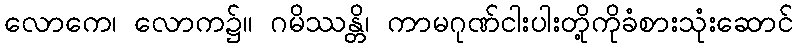
လောကေ၊ လောက၌။ ဂမိဿန္တိ၊ ကာမဂုဏ်ငါးပါးတို့ကိုခံစားသုံးဆောင်